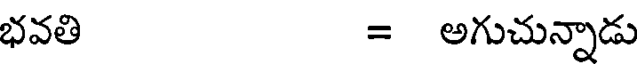
భవతి = అగుచున్నాడు